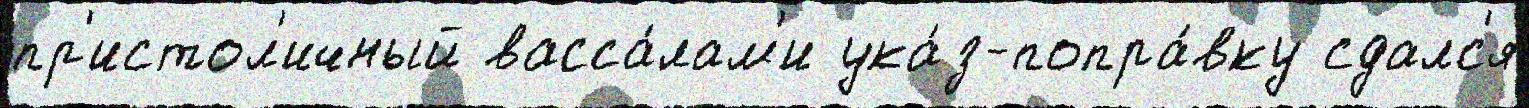
пр'истол'ичный васса́лам'и ука́з-попра́вку сдалс'я